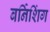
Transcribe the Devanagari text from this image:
बर्निशिंग